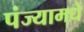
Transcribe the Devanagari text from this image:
पंज्यामधे